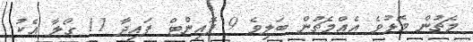
މެޗުން މޮޅުވެ އެއްމެޗުން ބަލިވެ 9 ޕޮއިންޓް ފައިދާ 11 ގޯލާ އެކު